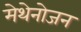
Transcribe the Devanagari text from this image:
मेथेनोजन